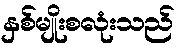
နှစ်မျိုးစလုံးသည်